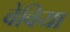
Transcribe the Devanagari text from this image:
वेविया